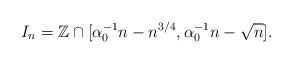
LaTeX: \begin{align*}I_{n}=\mathbb{Z}\cap[\alpha_{0}^{-1}n-n^{3/4},\alpha_{0}^{-1}n-\sqrt{n}].\end{align*}